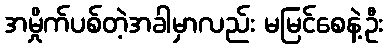
အမှိုက်ပစ်တဲ့အခါမှာလည်း မမြင်စေနဲ့ဦး